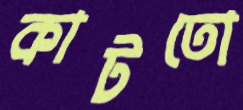
কাটতো